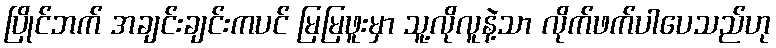
ပြိုင်ဘက် အချင်းချင်းကပင် မြမြဖူးမှာ သူ့လိုလူနဲ့သာ လိုက်ဖက်ပါပေသည်ဟု